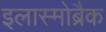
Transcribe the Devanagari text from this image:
इलास्मोब्रैक